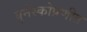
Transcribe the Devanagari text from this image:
युनेस्कोप्रणीत